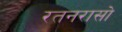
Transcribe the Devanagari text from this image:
रतनरासो